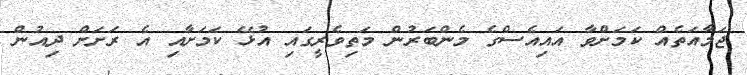
ޖަމާއަތެއް ކަމަށްވާ އައިއެސްގެ މެންބަރުން މަތިވެރީގައި އުޅޭ ކަމަށާއި އެ ރަށަށް ދިއުން